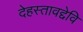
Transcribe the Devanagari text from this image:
देहस्तावद्देवि